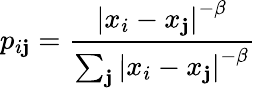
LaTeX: p_{i\mathbf{j}}=\frac{{\left|x_{i}-x_{\mathbf{j}}\right|^{-\beta}}}{{\sum_{\mathbf{j}}\left|x_{i}-x_{\mathbf{j}}\right|^{-\beta}}}